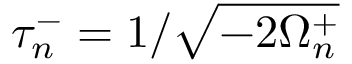
\tau _ { n } ^ { - } = 1 / \sqrt { - { 2 \Omega _ { n } ^ { + } } }